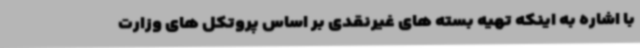
با اشاره به اینکه تهیه بسته های غیرنقدی بر اساس پروتکل های وزارت